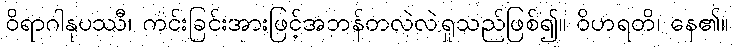
ဝိရာဂါနုပဿီ၊ ကင်းခြင်းအားဖြင့်အဘန်တလဲလဲရှုသည်ဖြစ်၍။ ဝိဟရတိ၊ နေ၏။